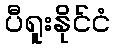
ပီရူးနိုင်ငံ